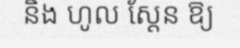
និង ហូល ស្តែន ឱ្យ